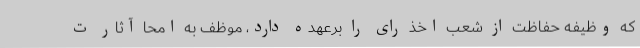
که وظیفه حفاظت از شعب اخذ رای را برعهده دارد، موظف به امحا آثار ت